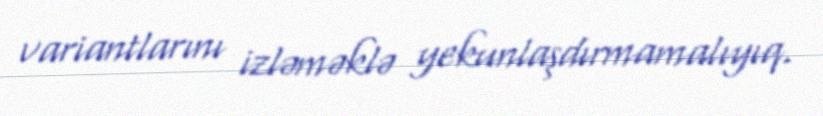
variantlarını izləməklə yekunlaşdırmamalıyıq.